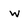
Character: w